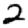
Digit: 2